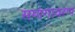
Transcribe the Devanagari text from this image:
समांगावरण